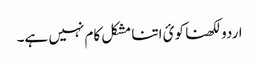
اردو لکھنا کوئ اتنا مشکل کام نہیں ہے۔